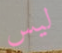
ليس